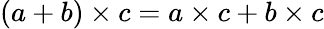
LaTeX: (a+b)\times c=a\times c+b\times c